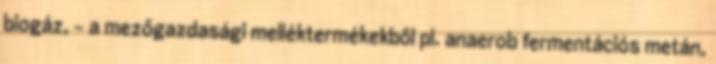
biogáz, - a mezőgazdasági melléktermékekből pl. anaerob fermentációs metán,